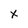
Character: x